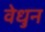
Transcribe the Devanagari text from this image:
वेधुन